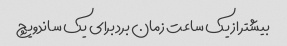
بیشتر از یک ساعت زمان برد برای یک ساندویچ